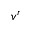
v ^ { r }